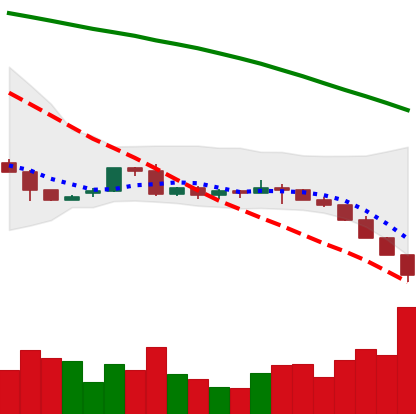
Ticker: LTC-USD
Chart end date: 2022-06-13
Forward return: 9.115%
Label: up_7plus